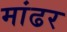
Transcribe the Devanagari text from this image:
मांढर